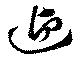
迎